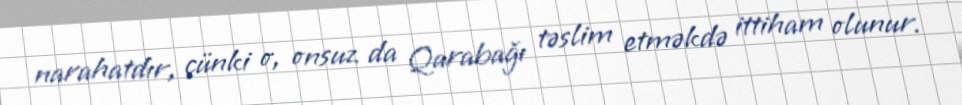
narahatdır, çünki o, onsuz da Qarabağı təslim etməkdə ittiham olunur.